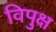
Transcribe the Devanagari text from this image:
विपुक्ष